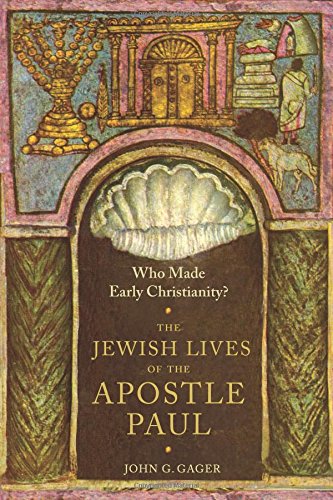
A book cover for Who Made Early Christianity?: The Jewish Lives of the Apostle Paul (American Lectures on the History of Religions); John G. Gager Jr.; Christian Books & Bibles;